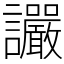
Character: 讝